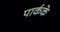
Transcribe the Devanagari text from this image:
पार्कके